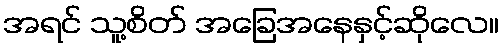
အရင် သူ့စိတ် အခြေအနေနှင့်ဆိုလေ။